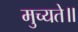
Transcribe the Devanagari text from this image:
मुच्यते॥